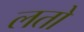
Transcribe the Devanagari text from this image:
लतो